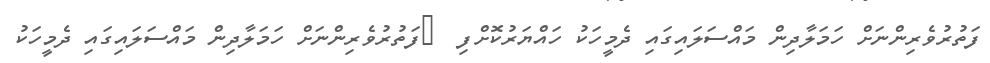
ފަތުރުވެރިންނަށް ހަމަލާދިން މައްސަލައިގައި ދެމީހަކު ހައްޔަރުކޮށްފި  	ފަތުރުވެރިންނަށް ހަމަލާދިން މައްސަލައިގައި ދެމީހަކު